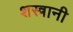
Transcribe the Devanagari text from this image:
शस्त्रानी